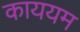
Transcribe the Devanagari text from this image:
काययम